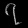
Digit: ၇